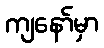
ကျနော်မှာ